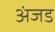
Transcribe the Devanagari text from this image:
अंजड